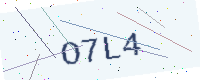
Text: O7L4